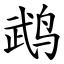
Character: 鹉